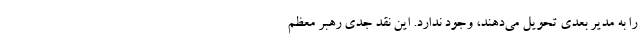
را به مدیر بعدی تحویل می‌دهند، وجود ندارد. این نقد جدی رهبر معظم